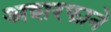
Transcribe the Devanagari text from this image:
अशरफाने